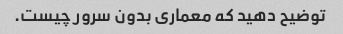
توضیح دهید که معماری بدون سرور چیست.